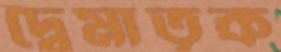
দ্বৈমাতৃক